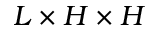
L \times H \times H